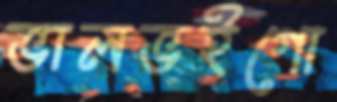
ভালভইগো